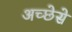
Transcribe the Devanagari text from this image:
अच्छेसे